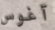
آغوس